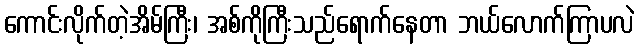
ကောင်းလိုက်တဲ့အိမ်ကြီး၊ အစ်ကိုကြီးသည်ရောက်နေတာ ဘယ်လောက်ကြာပလဲ